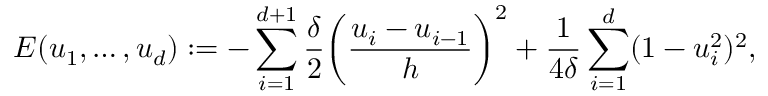
E ( u _ { 1 } , \ldots , u _ { d } ) : = - \sum _ { i = 1 } ^ { d + 1 } \frac { \delta } { 2 } \bigg ( \frac { u _ { i } - u _ { i - 1 } } { h } \bigg ) ^ { 2 } + \frac { 1 } { 4 \delta } \sum _ { i = 1 } ^ { d } ( 1 - u _ { i } ^ { 2 } ) ^ { 2 } ,